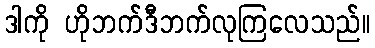
ဒါကို ဟိုဘက်ဒီဘက်လုကြလေသည်။